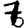
Digit: 7